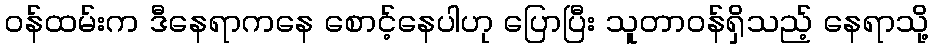
ဝန်ထမ်းက ဒီနေရာကနေ စောင့်နေပါဟု ပြောပြီး သူတာဝန်ရှိသည့် နေရာသို့